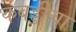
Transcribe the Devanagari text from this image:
कबड्डीचा